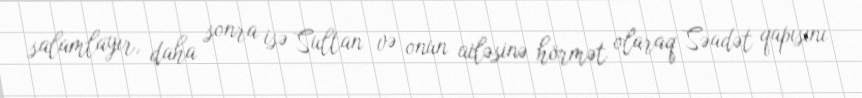
salamlayır, daha sonra isə Sultan və onun ailəsinə hörmət olaraq Səadət qapısını